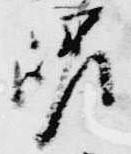
嵯